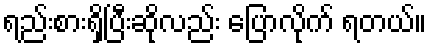
ရည်းစားရှိပြီးဆိုလည်း ပြောလိုက် ရတယ်။